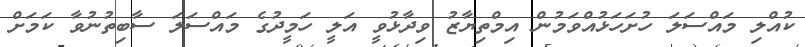
ކުއްލި މައްސަލަ ހުށަހަޅުއްވަމުން އިމްތިޔާޒު ވިދާޅުވީ އަލީ ހަމީދުގެ މައްސަލަ ސާބިތުނުވާ ކަމަށް